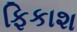
ફિકાશ